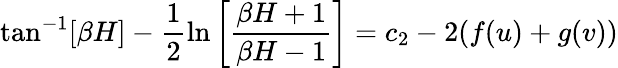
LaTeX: \tan^{-1}[\beta H]-\frac{1}{2}\ln\left[\frac{\beta H+1}{\beta H-1}\right]=c_{2}-2(f(u)+g(v))